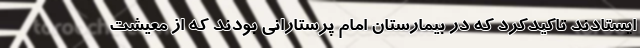
ایستادند تاکیدکرد که در بیمارستان امام پرستارانی بودند که از معیشت